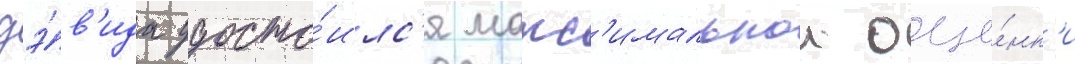
дэ́в'ида удосто́илс'я макс'имальнои оце́нк'и